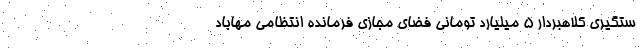
ستگیری کلاهبردار 5 میلیارد تومانی فضای مجازی فرمانده انتظامی مهاباد